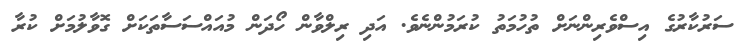
ސަރުކާރުގެ އިސްވެރިންނަށް ތުހުމަތު ކުރަމުންނެވެ. އަދި ރިލްވާން ހޯދަން މުއައްސަސާތަކަށް ގޮވާލުމަށް ކުރާ